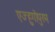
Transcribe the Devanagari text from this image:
एज्हुगोपुरम